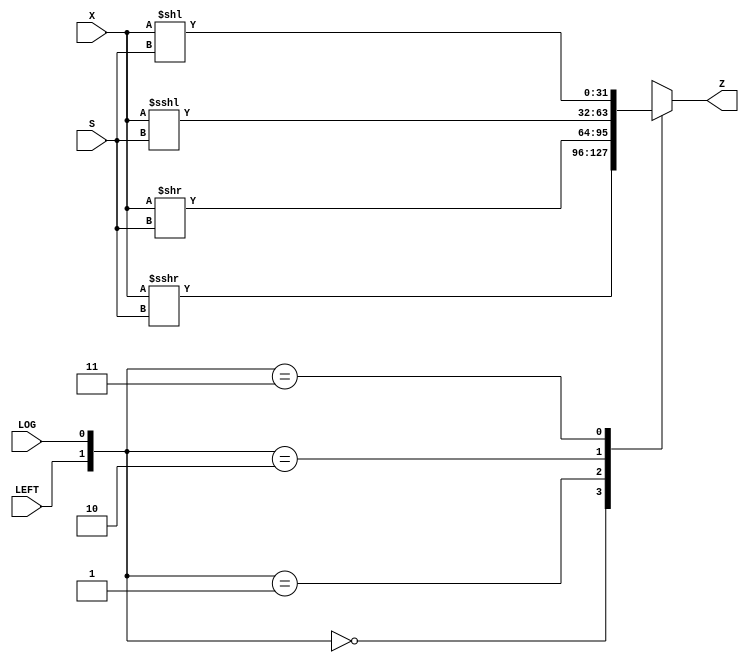
/*

File: Bi-directional shifter behavioral model

Author: Nathaniel McVicar

Date: 5/17/2010

*/

module ShiftLR(Z, X, S, LEFT, LOG);

   input signed [31:0]  X;
   input [4:0]   S;
   input         LEFT;
   input         LOG;
   output reg signed [31:0] Z;

   always @(*) begin
      case ({LEFT, LOG})
        2'b00 : Z <= X >>> S;
        2'b01 : Z <= X >> S;
        2'b10 : Z <= X <<< S;
        2'b11 : Z <= X << S;
      endcase
   end

endmodule // ShiftLR